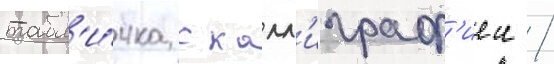
табл'и́чка с калл'играф'иеи /